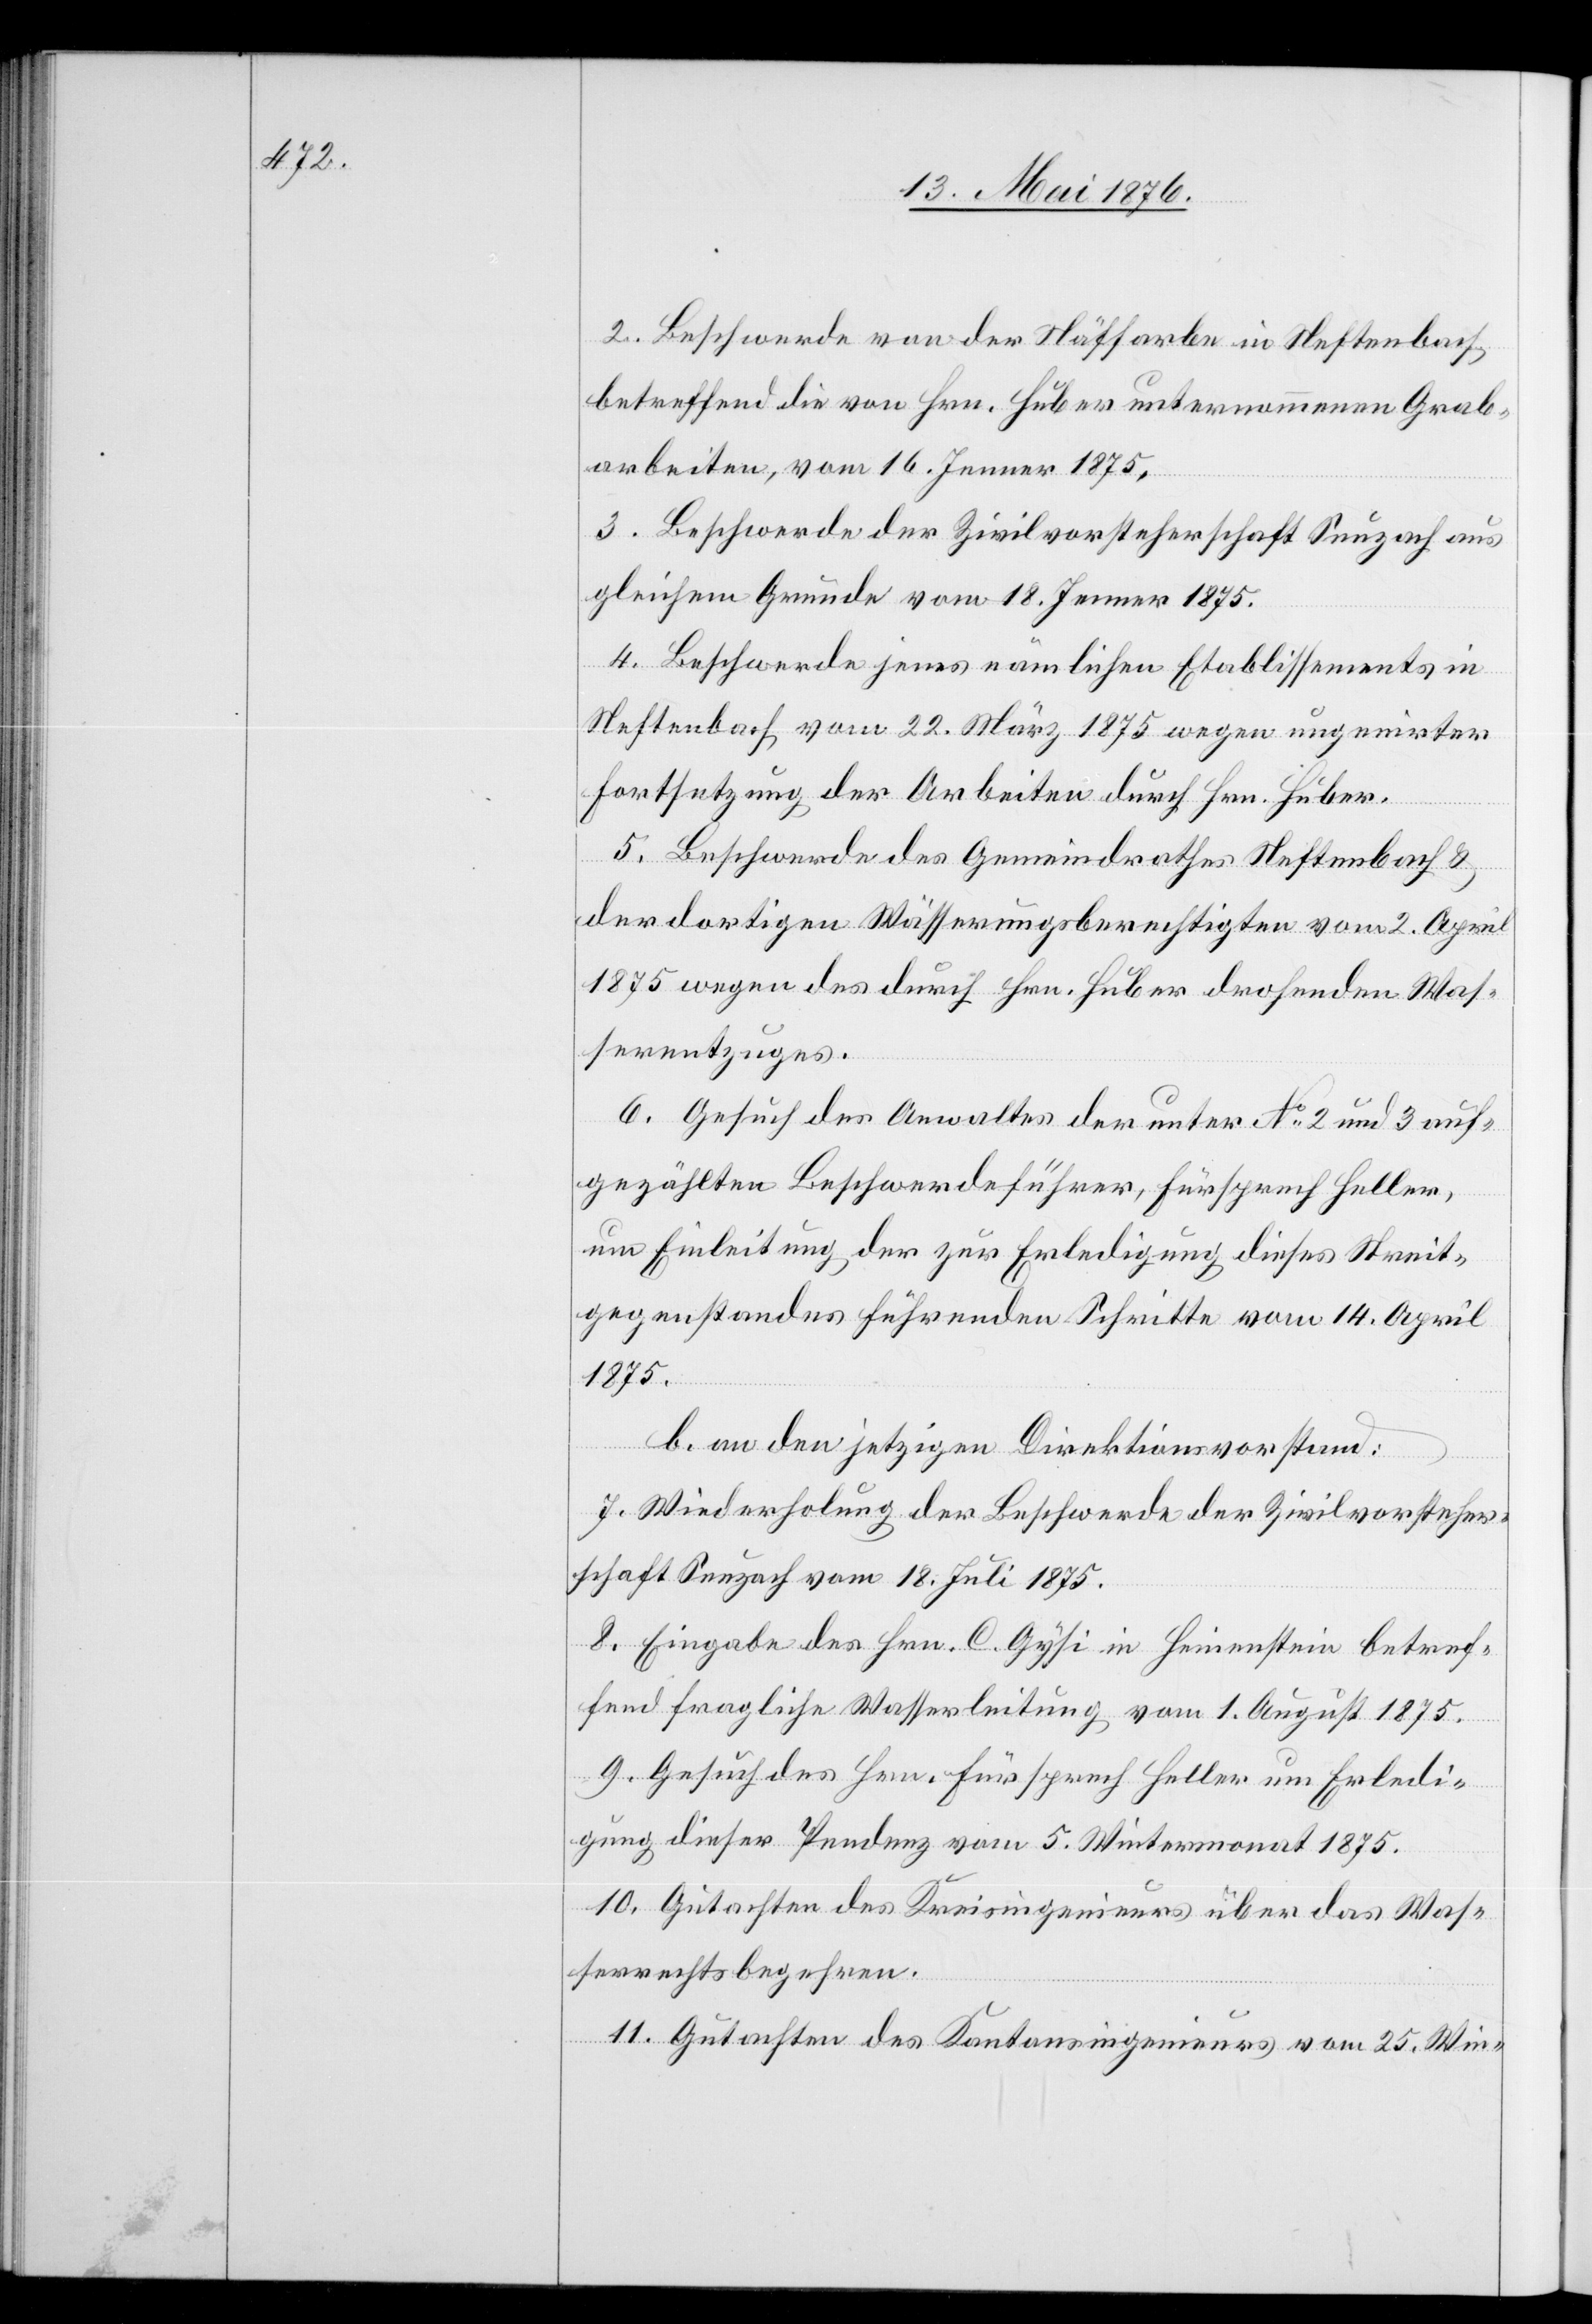
2. Beschwerde von der Näffarbe in Neftenbach,
betreffend die von Hrn. Huber unternommenen Grab¬
arbeiten, vom 16. Jenner 1875.
3. Beschwerde der Zivilvorsteherschaft Seuzach aus
gleichem Grunde vom 18. Jenner 1875.
4. Beschwerde jenes nämlichen Etablissements in
Neftenbach vom 22. März 1875 wegen ungenirter
Fortsetzung der Arbeiten durch Hrn. Huber.
5. Beschwerde des Gemeindrathes Neftenbach &
der dortigen Wässerungsberechtigten vom 2. April
1875 wegen des durch Hrn. Huber drohenden Was¬
serentzuges.
6. Gesuch des Anwaltes der unter No 2 und 3 auf¬
gezählten Beschwerdeführer, Fürsprech Heller,
um Einleitung der zur Erledigung dieses Streit¬
gegenstandes führenden Schritte vom 14. April
1875.
b. an den jetzigen Direktionsvorstand:
7. Wiederholung der Beschwerde der Zivilvorsteher¬
schaft Seuzach vom 18. Juli 1875.
8. Eingabe des Hrn. C. Gysi in Heinenstein betref¬
fend fragliche Wasserleitung vom 1. August 175.
9. Gesuch des Hrn. Fürsprech Heller um Erledi¬
gung dieser Pendenz vom 5. Wintermonat 1875.
10. Gutachten des Kreisingenieurs über das Was¬
serrechtsbegehren.
11. Gutachten des Kantonsingenieurs vom 25. Win-